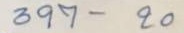
397 - 20